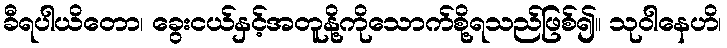
ခီရပါယိတော၊ ခွေးငယ်နှင့်အတူနို့ကိုသောက်စို့ရသည်ဖြစ်၍။ သုဝါနေဟိ၊